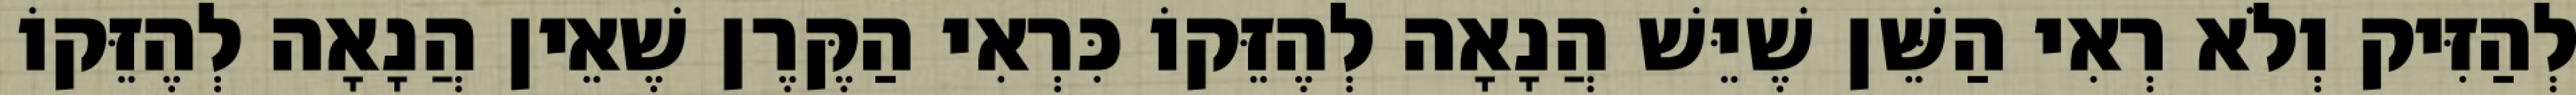
לְהַזִּיק וְלֹא רְאִי הַשֵּׁן שֶׁיֵּשׁ הֲנָאָה לְהֶזֵּקוֹ כִּרְאִי הַקֶּרֶן שֶׁאֵין הֲנָאָה לְהֶזֵּקוֹ